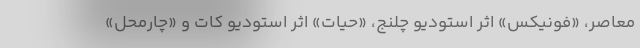
معاصر، «فونیکس» اثر استودیو چلنج، «حیات» اثر استودیو کات و «چارمحل»